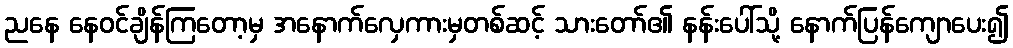
ညနေ နေဝင်ချိန်ကြတော့မှ အနောက်လှေကားမှတစ်ဆင့် သားတော်၏ နန်းပေါ်သို့ နောက်ပြန်ကျောပေး၍